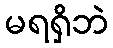
မရရှိဘဲ